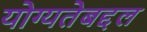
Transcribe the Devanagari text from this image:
योग्यतेबद्दल